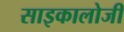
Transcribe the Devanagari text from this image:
साइकालोजी